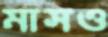
মাসও